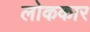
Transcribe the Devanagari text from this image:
लोककार